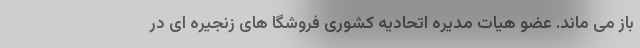
باز می ماند. عضو هیات مدیره اتحادیه کشوری فروشگا های زنجیره ای در